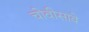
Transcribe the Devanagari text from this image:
चोवीसावे